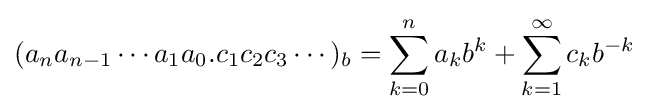
(a_{n}a_{n-1}\cdots a_{1}a_{0}.c_{1}c_{2}c_{3}\cdots )_{b}=\sum _{k=0}^{n}a_{k}b^{k}+\sum _{k=1}^{\infty }c_{k}b^{-k}